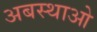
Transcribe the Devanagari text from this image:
अबस्थाओ